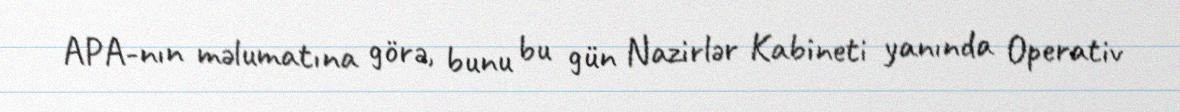
APA-nın məlumatına görə, bunu bu gün Nazirlər Kabineti yanında Operativ